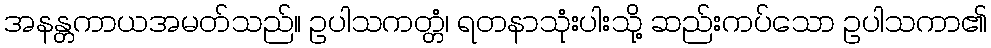
အနန္တကာယအမတ်သည်။ ဥပါသကတ္တံ၊ ရတနာသုံးပါးသို့ ဆည်းကပ်သော ဥပါသကာ၏